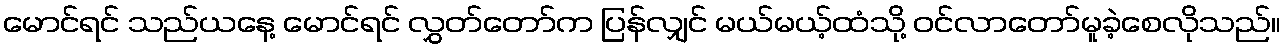
မောင်ရင် သည်ယနေ့ မောင်ရင် လွှတ်တော်က ပြန်လျှင် မယ်မယ့်ထံသို့ ဝင်လာတော်မူခဲ့စေလိုသည်။